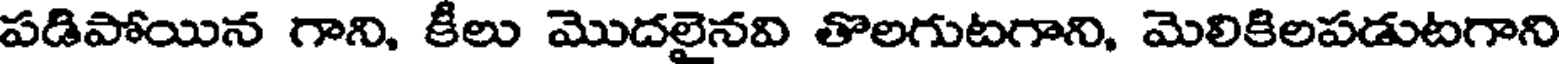
పడిపోయిన గాని, కీలు మొదలైనవి తొలగుటగాని, మెలికిలపడుటగాని